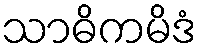
သာဓိကမိဒံ